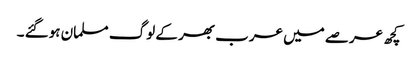
کچھ عرصے میں عرب بھر کے لوگ مسلمان ہوگئے ۔